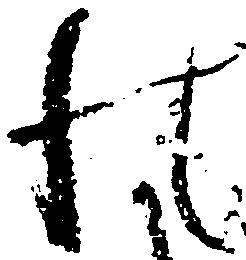
の